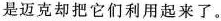
是迈克却把它们利用起来了。